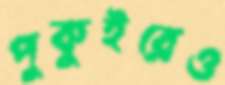
পুকুইরেও